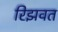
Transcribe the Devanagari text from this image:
रिझवत